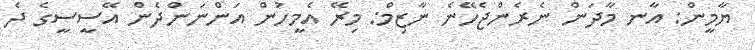
ޔާމީން: އާނ މާދަން ނެރެންޖެހޭނެ ނާޒިމް: މިރޭ އެމީހުން އަންނަންދެން އޭސީސީގެ ދެ